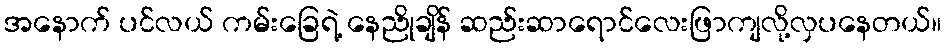
အနောက် ပင်လယ် ကမ်းခြေရဲ့ နေညိုချိန် ဆည်းဆာရောင်လေးဖြာကျလို့လှပနေတယ်။